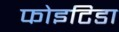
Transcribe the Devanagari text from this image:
फोइटिडा